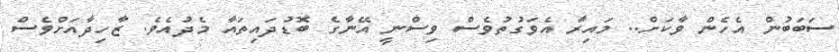
ސަބަބުން އެހެން ވާކަށް.. މައިރާ އެވަގުތުވެސް ވިސްނީ އޭނާގެ ބޮޑުދައިތައާ މެދުއެވެ. ޒާހިދާއަށްވެސް